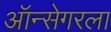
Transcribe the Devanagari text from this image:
ऑन्सेगरला